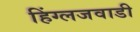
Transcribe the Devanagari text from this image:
हिंग्लजवाडी